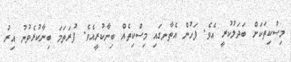
މިސްކިތަކަށް ބަދަލުކުރީ އެވެ. ފަހުން އެތާނގައި މިސްކިތެއް ބިނާކުރީއެވެ. ފުރަތަމަ ބިނާކުރެވުނު އިރު